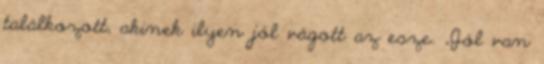
találkozott, akinek ilyen jól vágott az esze. „Jól van